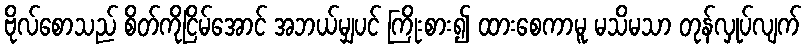
ဗိုလ်စောသည် စိတ်ကိုငြိမ်အောင် အဘယ်မျှပင် ကြိုးစား၍ ထားစေကာမူ မသိမသာ တုန်လှုပ်လျက်